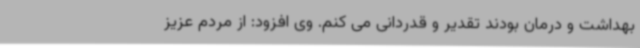
بهداشت و درمان بودند تقدیر و قدردانی می کنم. وی افزود: از مردم عزیز